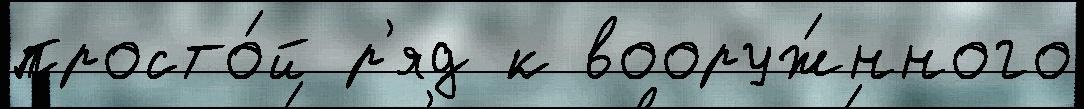
просто́й р'яд к вооруж́нного